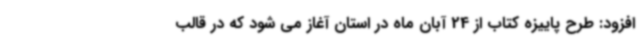
افزود: طرح پاییزه کتاب از 24 آبان ماه در استان آغاز می شود که در قالب